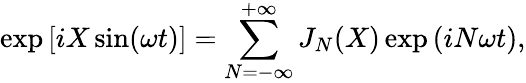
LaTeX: \exp{[iX\sin(\omega t)]}=\sum_{N=-\infty}^{+\infty}J_{N}(X)\exp{(iN\omega t)},